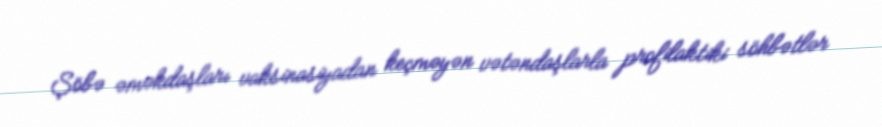
Şöbə əməkdaşları vaksinasiyadan keçməyən vətəndaşlarla profilaktiki söhbətlər